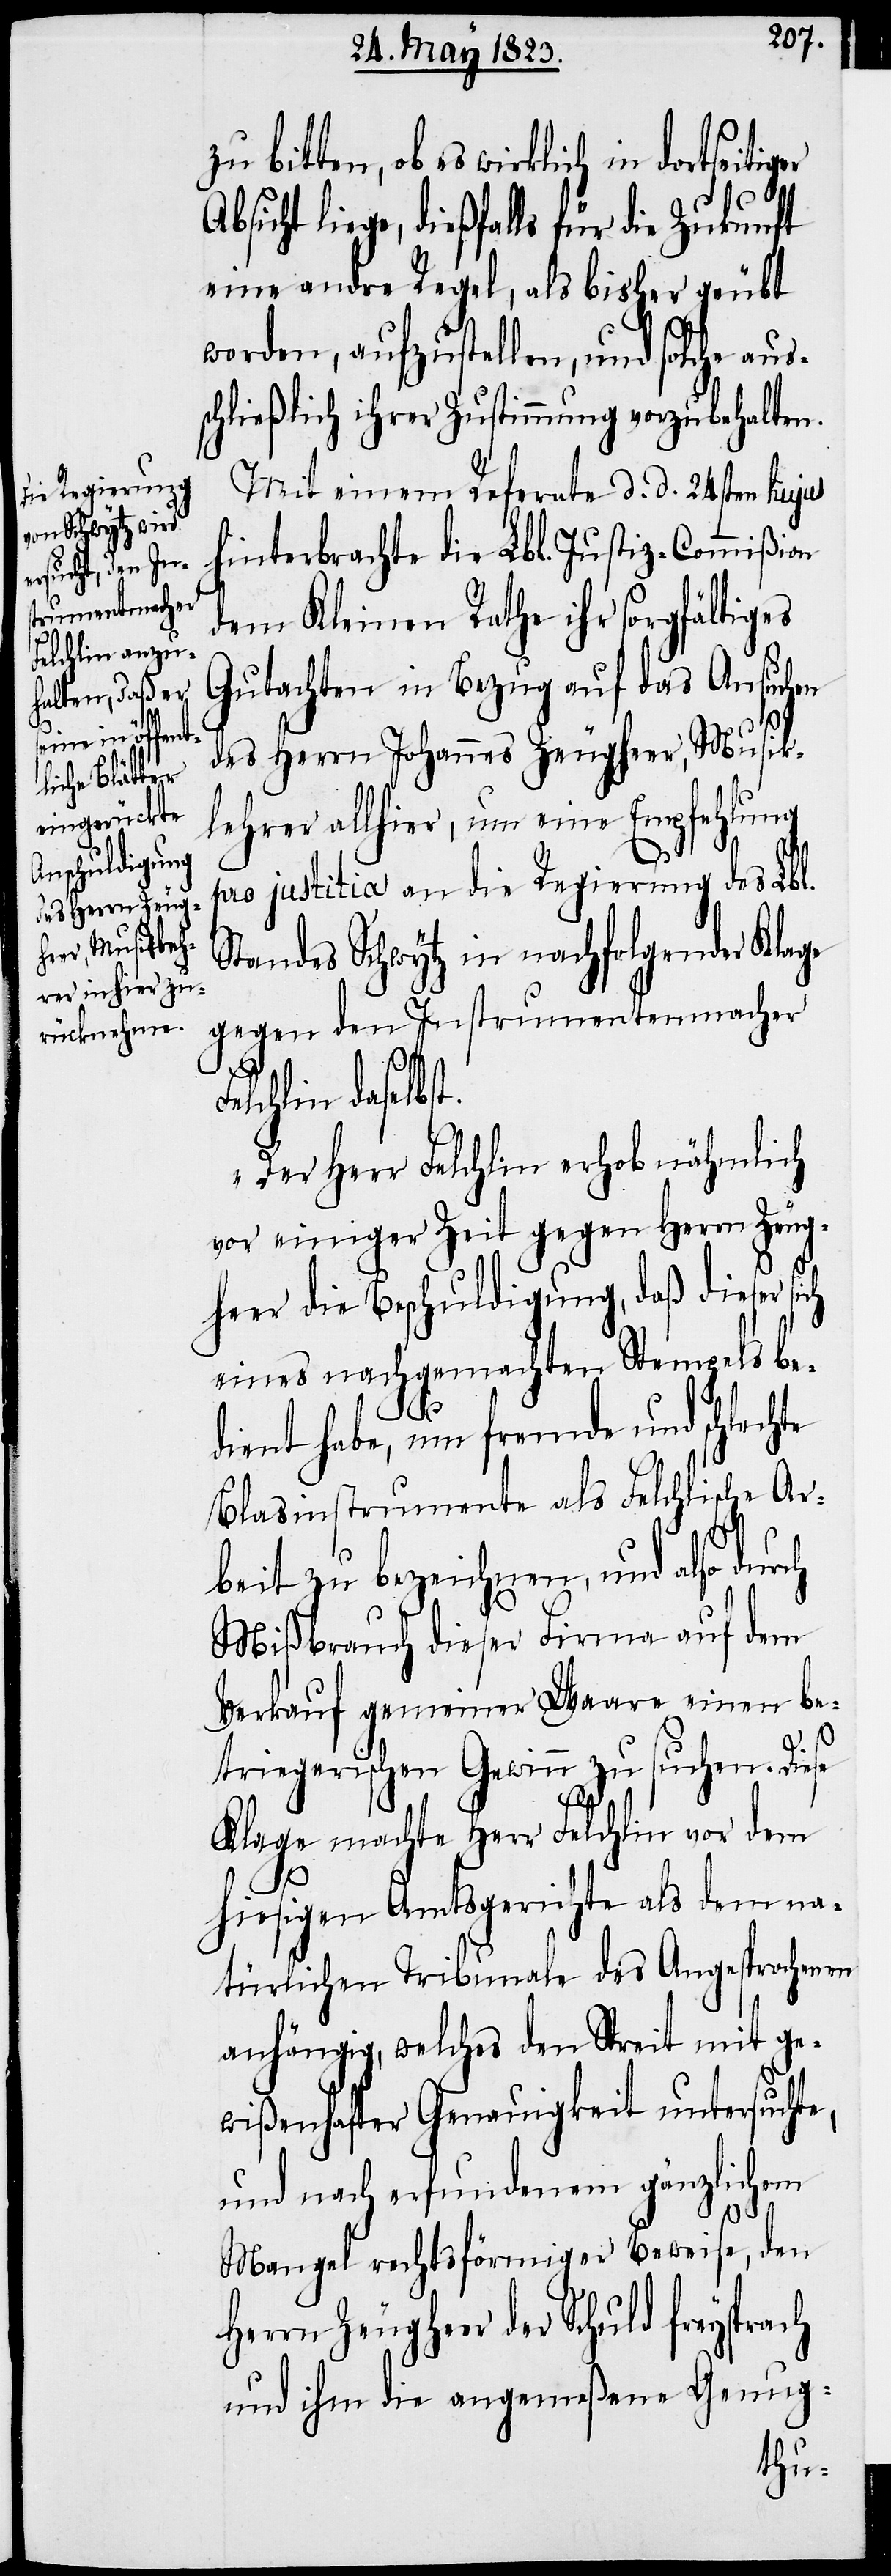
bitten, ob es wirklich in dortseitig¬
Absicht liege, dießfalls für die Zukunft
eine andre Regel, als bisher geübt
worden, aufzustellen, und solche aus¬
schließlich ihrer Zustimmung vorzubehalten.
Mit einem Referate d. d. 24sten hujus
hinterbrachte die Lbl. Justiz-Commißion
dem Kleinen Rathe ihr sorgfältiges
Gutachten in Bezug auf das Ansuchen
des Herrn Johannes Zeugheer, Musik¬
lehrer allhier, um eine Empfehlung
pro justitia an die Regierung des Lbl.
Standes Schwytz in nachfolgender Klage
gegen den Instrumentenmacher
Felchlin daselbst.
„Der Herr Felchlin erhob nähmlich
vor einiger Zeit gegen Herrn Zeug¬
heer die Beschuldigung, daß dieser
eines nachgemachten Stempels be¬
ch
dient habe, um fremde und schlechte
Blasinstrumente als Felchlische Ar¬
beit zu bezeichnen, und also dur¬
Mißbrauch dieser Firma auf dem
Verkauf gemeiner Waare einen be¬
er
triegerischen Gewinn zu suchen. Diese
Klage machte Herr Felchlin vor dem
hiesigen Amtsgerichte als dem na¬
türlichen Tribunale des Angesprochenen
anhängig, welches den Streit mit ge¬
wißenhafter Genauigkeit untersuchte,
und nach erfundenem gänzlichem
Mangel rechtsförmiger Beweise, den
Herrn Zeugheer der Schuld freysprach
und ihm die angemeßene Genug-